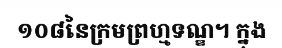
១០៨នៃក្រមព្រហ្មទណ្ឌ។ ក្នុង